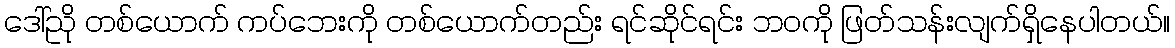
ဒေါ်ညို တစ်ယောက် ကပ်ဘေးကို တစ်ယောက်တည်း ရင်ဆိုင်ရင်း ဘဝကို ဖြတ်သန်းလျက်ရှိနေပါတယ်။